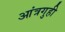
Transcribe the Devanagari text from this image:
आंत्रगुही